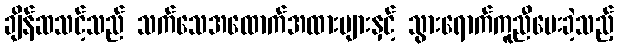
ချိန်ဆသင့်သည် သက်သေအထောက်အထားများနှင့် သွားရောက်ကူညီပေးခဲ့သည့်